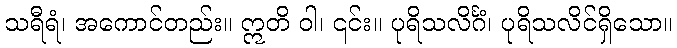
သရီရံ၊ အကောင်တည်း။ ဣတိ ဝါ၊ ၎င်း။ ပုရိသလိင်္ဂံ၊ ပုရိသလိင်ရှိသော။